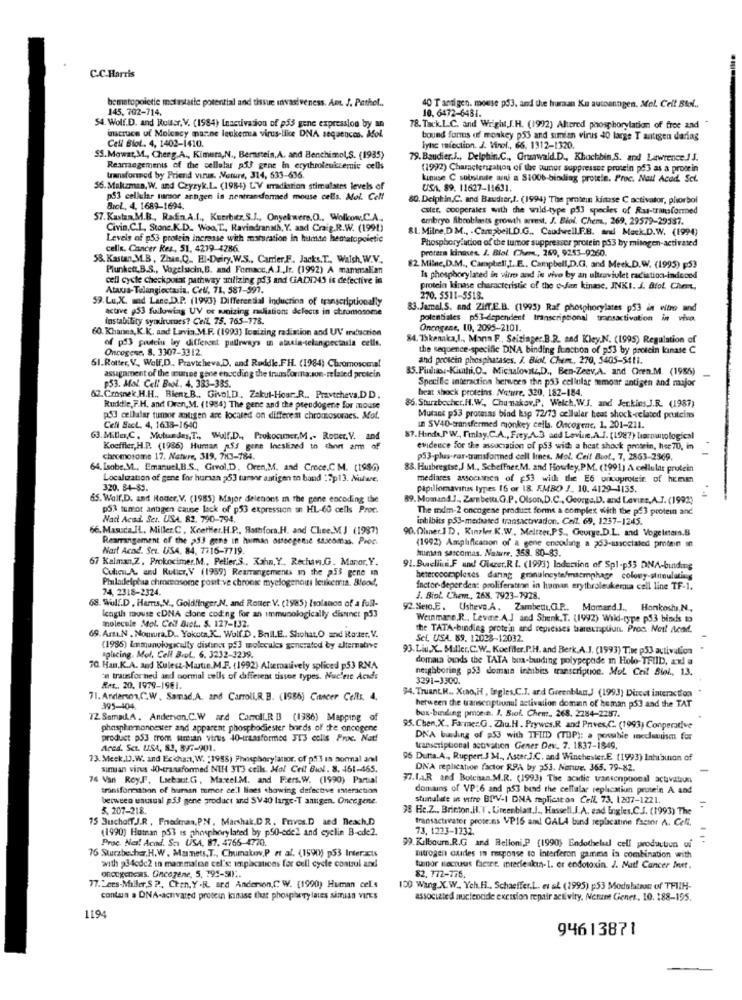
C.C.Harris
bematopoletie metastatic potential and tissue invasiveness. Amt. J. Pathol .,
145, 702-714.
40 T antigen. mouse p$3, and the human Ku autoanngen. Mel. Cell Biol ..
10. 6472-6481.
54. Wolf.D. and Rousr, V. (1984) Inactivation of p53 gene expression by an
78. Tack.L.C. and Wright,J.H. (1992) Altered phosphorylation of free and
inscruce uf Molency marne leukemia virus-like DNA sequences. Mol.
Cell Biol .. 4, 1402-1410.
bound fons of monkey p53 and simian virus 40 large T antigen daring
lync infection. J. Virol ., 66, 1312-1320.
SS.Mowat,M ., Cherg.A ., Kimura,N ., Bernstein,A. and Benchimol,S. (1935)
79. Baudier.J ., Delphin.C ., Grunwald.D ., Khochbin,S. and Lawrence./ J.
Rearrangements of the cellular af3 gene in erythroleukcemic cells
(1992) Characterization of the puner suppresses protein på3 as a protein
transformed by Priend virus. Mature, 314, 533-636.
Linuse C subsinte win a $1006-binding protie. Proc. Nail Acad. Sci.
56. Maktzman, W. and Czyzyk,L. (1984) L'V erradiation stimulates levels of
USA. 89. 11627-11631.
p53 cellular marsor anngen in nentransformed mouse cells. Moi. Cell
80. Delphin.C. and Baudier,J. (1994) The protein kinase C activator, phorbol
BroL, 4, 1689-1694.
ester, cooperales with the wild-type p53 species of Ras-transformed
57.Kastaa.M.B ., Radn.A.l ., Kuerbitz,S.J ., Onyekwere.O ., Wolkow,C.A.
embryo fibroblasts growth areest. J. Biol. Chem ., 269, 29579-29537.
Civin.C.I. Stone.K.D ., Woa.T ., Ravindranath, Y. and Craig.R.W. (1991)
81. Milne,D M ., . Campbell.D.G ., Caudwell.F.B. and Mack.D.W. (1994)
Levels of p53 protein increase with maturation In humte hematopoictic
cells. Cancer Res, 51, 4279-4286.
protera kinases. J. Blol. Chem, 269, 9253-9260.
Phosphory ution of the tumor suppressor protein p53 by mitogen-activated
58. Kastan,M.B, Zhis,Q_ El-Deiry. W.S ., Carrier,F. Jacks,T ., Walsh,W.V .,
Plunkett.B.S ., Vogelscin,B. and Fomacc,A.J ., Jr. (1992) A mammalian
82. Milne,D.M ., Campbell,L.E ., Campbell,D.G, and Meek.D.W. (1995) [53
cell cycle checkpoint pathway utilizing pd3 and CiACIMS is defective in
Is phosphorylared in vitro and in vivo by an ultraviolet radiation-indeond
Ativus-Telangiectasia. Cell. 71. 587-597.
protein kinase characteristic of the e-fan kinase. JNKI. J. Atot. Chent,
59.Lu,X. mad Lane,D.P. (1993) Differential Induction of transcriptionally
270. 5511-5518.
active ,53 fullowing UV or sanizing muiations defects in chromosome
83.Jamal. S. and ZHT.E.B. (1995) Raf phosphorylates p53 in vitro and
instability symrumes? Cell 75. 765-178.
potentiales p53-dependent transcriptional transactivation in vivo.
60. Khanes, K.K. aad Lavin.M.F. (1993) Ionizing radiation and UV induction
Oncogene, 10, 2095-2101.
of p53 poutein by different pullrways un ataxia-telungectasia cells.
84. Takenaka,l ., Marin F ., Seizinger.B.R. and Kley,N. (1995) Regulation of
Oncogene. 8. 3307-3312.
the sequence-specific DNA binding function of p53 by protein kinase C
61. Rotter, V. Wolf,D ., Pravicheva,D, and Reddk.FH. (1984) Chromosome!
and protein phosphatases. J. Biol. Chem ., 270, 5405-5411.
assignment of the mutee gene enocding the transforma.son-related protein
85.Puduas :- Kimhi,O, Michalovitz,D ., Ben-Zeev,A. and Gren.M. (1956)
$53. Mol. Cell Biol. 4. 333-385.
Specific interaction between the p53 cellular memoar antigen and major
beat shock proteins. Nrture, 320, 182-184.
62. Crosnek, H.H ., Bienz.B ., GivoLD. Zakul-Hour. R ., Praytcheva,DD.
Rudktle, F.H. and Oven,M. (1984) The gene and the pseudogene for mouse
86. Sturzbecher,H.W ., Chunakov,P, Welch,W.J. and Jer.kies.J.R. (1987)
53 cellatar tumor antigen are located on different chromosomes. Mot.
Mutant p53 promesas bind ksp 72/73 cellular heat shock-related peutcins
Cell SecL. 4, 1635-1640
In SV40-transfermed monkey cells. Oncogene, 1. 201-211.
63. Miller,C. Mutundes,T ., Wulf.D ., Prokocimer,M .- Router. V. and
87.Finde,PW. Finlay,C.A ., Frey,A.3 and Leviune,A.J. (1987) harnunological
Koeffler, H.P. (1986) Human 53 gene Ineslined to thert arm of
evidence for the association of p53 with a heat shock protein, hee 70, in
chromosome 17. Nature, 319, 783-784.
p53-plus-ras-transformed cell lines. Mol. Ceif Buof, 7, 2863-2969.
64. Isobe.M ., Emanuel,B.S ., Grvol,D, Oren,M. and Croce.C. M. (1986)
88. Hubregtse,J M ., Scheffner,M. and Howley,PM. (1991] A cellular protein
Localization of gene for human 253 turar antigen to band : 7p13. Nulwe.
mediares assocunen of $53 with the E6 onouprotein of home
320. 84-83.
papillomavirus types 16 or 18. EMBO J. 10. 4129-1135.
65. Wolf,D. and Roder,V. (1985) Major delenons in the gene encoding the
89. Momand J ., Zambetta.G.P. Olson,D.C ., George,D. and Levies, A.J. (1992)
p53 tumot antigen cause lack of p53 expression un HL-60 cells Proc.
The mdm-2 onengene produst fonne a complex with the p$3 protein and
Nad Acad. Ser. USA. 82. 790-794.
inhibits p53-mediated transactivadon. Call. 69, 1237-1245.
66. Masuda.IL. Miller.C. Keetter.H.P ., Asthfora.H. and Chee.M.J (1987)
90. Oliner.JD, Kinzles.K. W ., Meltzer,PS ., George.D.L. and Vogeletem.B
Rearrangement of the >53 gens in human oussegenie saseomas. Pror.
Nart Acad. Seu. USA, 84, 7716-7719.
(1992) Amplificanon of a gene encoding a 253-associated pmtain un
human sarcomas. Nature. 358. 80-83.
67 Kalman,Z. Prokocimer.M ., Peller.S ., Kahn, Y ., Rochaw.G. Manor,Y.
Culion.A. and Rutier, V (1989) Reamangements in the p53 gene in
91.Buclini F and Glazer.R. L. (1993) loduction of Spl-p55 DNA-binding
Philadelphia chromosome positive chrons myelogenoui leukemia. Blood,
heterocomplexes daring granulneyte/mitmphage colony-stimulating
74, 2318-2324.
Inctor-deperden: proliferatean in human erythroleukemia cell line TF-1.
68. Wulf.D . Harms,N ., Goldfinger,N, and Rotter: V. (1985) Isolanon of a full-
J. Biol. Chem, 268. 7923-7928.
92. Sero.E. Usheve.A. Zambetti,G.P .. Momard.] ., Honkoshi,N .,
length mouse <DNA clone coding for an immunologically distinct p53
molecule Mot. Cell Biol ., S. 127-132.
Weinmane.R ., Levine.A.J and Shenk.T. (1992) Wild-type p53 binds to
he TATA-binding protein and repicises bareunaptiun. Proc. Noil Acaf.
69. Arı.N . Nomura,D .. Yokota.K ., Wolf.D. Ball.E .. Shohat,O and Roster. V.
Sel. USA. 89. 12028-12032.
(1985) lamunologically distinct p53 molecules generated by alternative
93. Liu,X. Miller, C.W. Koeffler,P.H. and Berk,A.J. (1993) Tive p53 activation
splicing. Mol. Cell BIL, 6. 3232-1239.
domata bunds the TATA bus-buiding polypepade m Holo-TFIID, ax! a
70. Han.K.A. and Kulesz-Martin.M.F. (1992) Alternatively spliced p53 RN.A
neighboring p53 domun inhibis transcription. Mol Ceil Biel ., 13.
'n trausfor ned and normal cells of different tissue types. Nucleic Acids
3291-3300.
RAS ., 20. 1979-1961.
$4. Truant.R ., Xuno, H , Ingles,C.J. and GreenblanJ (1993) Direct interaction
71. Anderson,C".W . Samad.A. and Carroll,R. B. (1986) Cancer Cells. 4.
395-404
between the transenptiunul activation doman of human ps3 and the TAT
72 SamaLA. Anderson.C.W ard CandiLR B (1986) Mapping of
bus-binding pmone. J. Biof. Chen :. 268. 2284-2257.
phosphormonoester and apparent phosphodiester bords of the oncogene
95. Chen,X, Fa-me:G. Zhu.H. Prywes.R and Prives,C .. (1993) Conperative
product p53 trom sinin virus 40-transformed JT3 colis Proc. Nat!
DNA busding of p53 with TFIID (TOP): a possible mocclubuism for
Aced. Sct. USA, 83, 897-901.
transcriptional activation Gener Dev. 7. 1837-1849.
73. Meck,D).W. and Exchan, W. : 1988) Phosphoryfantor. of pf3 in normal and
96 Dutta.A ., Ruppert J M ., Aster.].C. and Winchester.E (1993) Inhibution of
simuan virus JO-transformed NIH 3T3 cells. Mol Ceil Bil. 8. 461-465.
DNA replication factor RPA by 353. Nonue. 365. 79-82.
74 Van Roy.F. Lsebaut.G. Marcel.M. and Fiers.W. (1990) Partial
77.1.A.R and Botchsan.M.R. (1993) The acetic transengoonal activation
transformabon of human tumor cell lines showing defective Meraction
domains of VP:6 and p53 bend the cellalar replication prutein A and
berween unusual p53 gene product and SV40 large-T antigen. Oncegene.
stunulate in vitro BIV-I DNA replication Cell, 73. 1207-1221.
5. 207-218.
98 Hc.Z ., Brinton,H.T. Greenblatt.J ., Hassell.J.A. sad Ingles.C.J. (1993) The
15 BuchoffJ.R , Fnedenan, PN . Marshak.DR. Prives.D aed nexch.D
fransactivator proteins VP16 am! GALA bind replacatine factor A. Cell.
(1990) Hutnan p53 is phosphorylated by p50-edel and eyelin B-cde2.
73, 1223-1732.
Proc. Ner! Acad. Sor USA, 87. 4766-4770.
76 Sturzbecher,H.W . Maimets. T ., Chumakov,P et al. (1590) p53 Interacts
99. Kilbourn.R.G and Belloni,P (1990) Endothelsal cell productun ui
outrogen cuides in response to interferon gamme in combination with
oncogeness. Oncogene, 5, 795-50) ..
with 34cdc2 in mammalen cel's: implications for cell cycle control and
tunnor tectuus factee. interleukin-I. or endotoxin. J. Nat! Cancer Inet.
82. 772-776.
77.Lees-Miller,S P ., Chen. Y .R. and Anderson,C W. (1990) Human cel's
150 Wang X.W .. Ych.Fi ., Schaeffer.L. et al (2995) p:53 Modelten of TFIIH-
contan a DNA-activated protein kinase that phosphory lates simian Virus
associated nucleotide excision repair activity. Netunt Gener, 10. 188-195.
1194
94613871